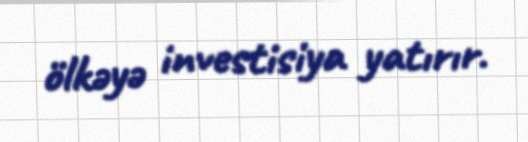
ölkəyə investisiya yatırır.